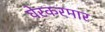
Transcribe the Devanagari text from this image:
घेरकरमार